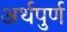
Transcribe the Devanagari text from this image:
अर्थपुर्ण